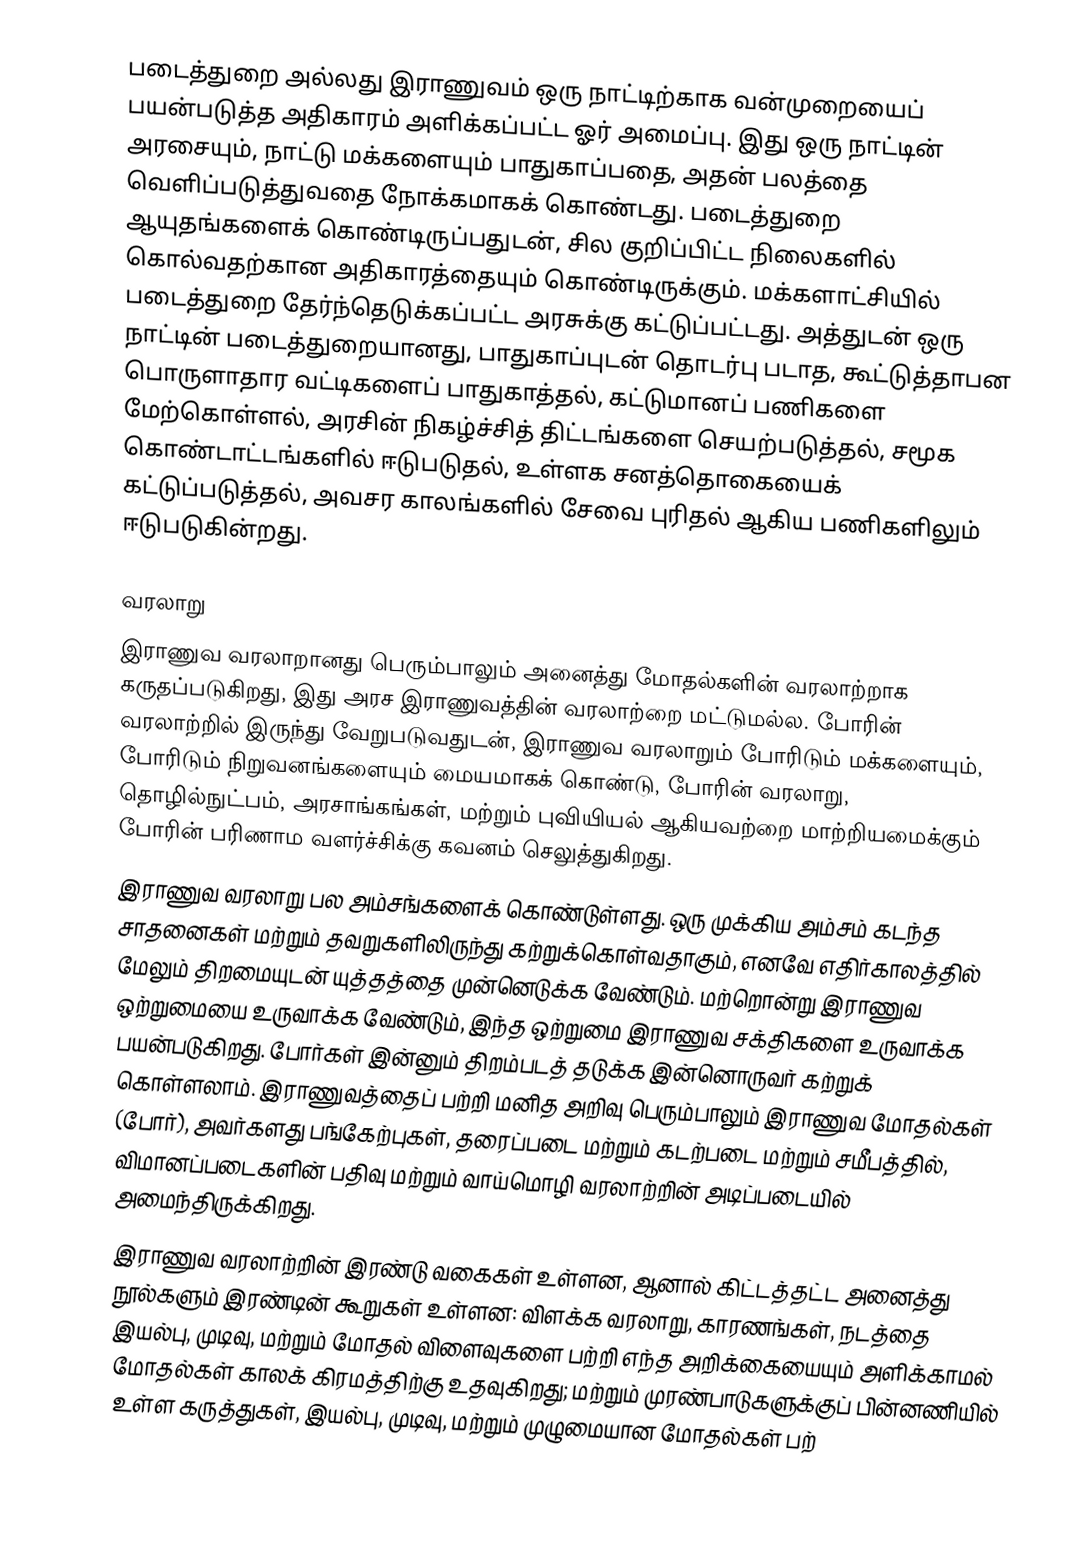
படைத்துறை அல்லது இராணுவம் ஒரு நாட்டிற்காக வன்முறையைப் பயன்படுத்த அதிகாரம் அளிக்கப்பட்ட ஓர் அமைப்பு. இது ஒரு நாட்டின் அரசையும், நாட்டு மக்களையும் பாதுகாப்பதை, அதன் பலத்தை வெளிப்படுத்துவதை நோக்கமாகக் கொண்டது. படைத்துறை ஆயுதங்களைக் கொண்டிருப்பதுடன், சில குறிப்பிட்ட நிலைகளில் கொல்வதற்கான அதிகாரத்தையும் கொண்டிருக்கும். மக்களாட்சியில் படைத்துறை தேர்ந்தெடுக்கப்பட்ட அரசுக்கு கட்டுப்பட்டது. அத்துடன் ஒரு நாட்டின் படைத்துறையானது, பாதுகாப்புடன் தொடர்பு படாத, கூட்டுத்தாபன பொருளாதார வட்டிகளைப் பாதுகாத்தல், கட்டுமானப் பணிகளை மேற்கொள்ளல், அரசின் நிகழ்ச்சித் திட்டங்களை செயற்படுத்தல், சமூக கொண்டாட்டங்களில் ஈடுபடுதல், உள்ளக சனத்தொகையைக் கட்டுப்படுத்தல், அவசர காலங்களில் சேவை புரிதல் ஆகிய பணிகளிலும் ஈடுபடுகின்றது.

வரலாறு
இராணுவ வரலாறானது பெரும்பாலும் அனைத்து மோதல்களின் வரலாற்றாக கருதப்படுகிறது, இது அரச இராணுவத்தின் வரலாற்றை மட்டுமல்ல. போரின் வரலாற்றில் இருந்து வேறுபடுவதுடன், இராணுவ வரலாறும் போரிடும் மக்களையும், போரிடும் நிறுவனங்களையும் மையமாகக் கொண்டு, போரின் வரலாறு, தொழில்நுட்பம், அரசாங்கங்கள், மற்றும் புவியியல் ஆகியவற்றை மாற்றியமைக்கும் போரின் பரிணாம வளர்ச்சிக்கு கவனம் செலுத்துகிறது.
இராணுவ வரலாறு பல அம்சங்களைக் கொண்டுள்ளது. ஒரு முக்கிய அம்சம் கடந்த சாதனைகள் மற்றும் தவறுகளிலிருந்து கற்றுக்கொள்வதாகும், எனவே எதிர்காலத்தில் மேலும் திறமையுடன் யுத்தத்தை முன்னெடுக்க வேண்டும். மற்றொன்று இராணுவ ஒற்றுமையை உருவாக்க வேண்டும், இந்த ஒற்றுமை இராணுவ சக்திகளை உருவாக்க பயன்படுகிறது. போர்கள் இன்னும் திறம்படத் தடுக்க இன்னொருவர் கற்றுக் கொள்ளலாம். இராணுவத்தைப் பற்றி மனித அறிவு பெரும்பாலும் இராணுவ மோதல்கள் (போர்), அவர்களது பங்கேற்புகள், தரைப்படை மற்றும் கடற்படை மற்றும் சமீபத்தில், விமானப்படைகளின் பதிவு மற்றும் வாய்மொழி வரலாற்றின் அடிப்படையில் அமைந்திருக்கிறது.
இராணுவ வரலாற்றின் இரண்டு வகைகள் உள்ளன, ஆனால் கிட்டத்தட்ட அனைத்து நூல்களும் இரண்டின் கூறுகள் உள்ளன: விளக்க வரலாறு, காரணங்கள், நடத்தை இயல்பு, முடிவு, மற்றும் மோதல் விளைவுகளை பற்றி எந்த அறிக்கையையும் அளிக்காமல் மோதல்கள் காலக் கிரமத்திற்கு உதவுகிறது; மற்றும் முரண்பாடுகளுக்குப் பின்னணியில் உள்ள கருத்துகள், இயல்பு, முடிவு, மற்றும் முழுமையான மோதல்கள் பற்